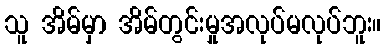
သူ အိမ်မှာ အိမ်တွင်းမှုအလုပ်မလုပ်ဘူး။